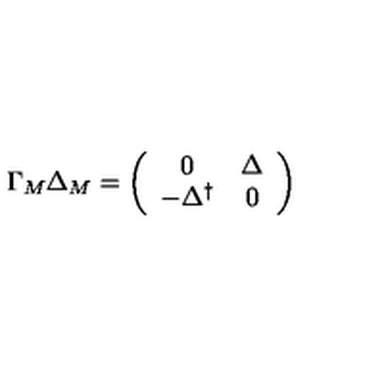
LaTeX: \Gamma _ { M } \Delta _ { M } = \left( \begin{array} { c c } { 0 } & { \Delta } \\ { - \Delta ^ { \dagger } } & { 0 } \\ \end{array} \right)